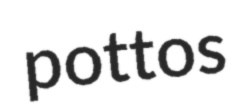
pottos